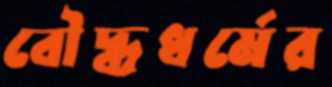
বৌদ্ধধর্মের